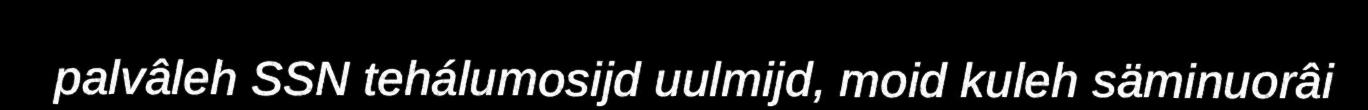
palvâleh SSN tehálumosijd uulmijd, moid kuleh säminuorâi